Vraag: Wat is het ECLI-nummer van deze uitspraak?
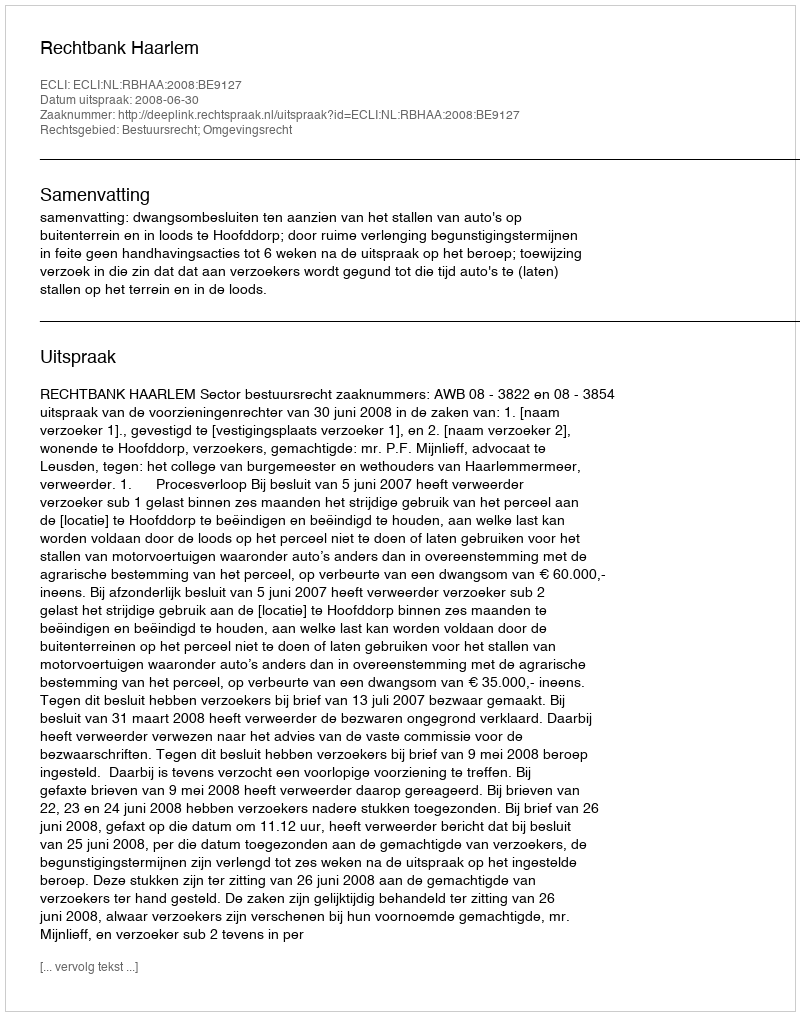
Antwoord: ECLI:NL:RBHAA:2008:BE9127